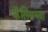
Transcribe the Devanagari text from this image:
कॅलिसच्या